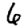
Digit: 6